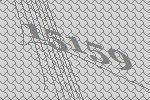
15159